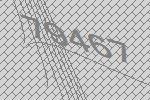
79467